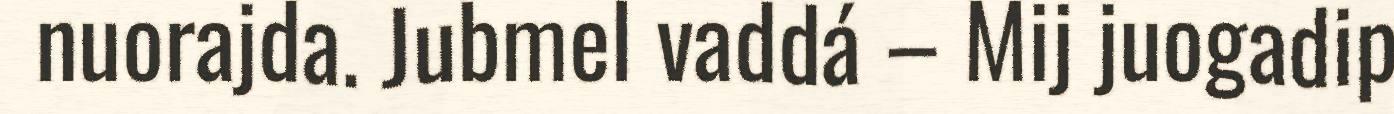
nuorajda. Jubmel vaddá – Mij juogadip